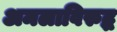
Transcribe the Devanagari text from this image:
अमलाविरुद्ध